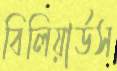
বিলিয়ার্ডস